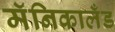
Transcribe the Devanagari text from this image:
मॅनिकालँड